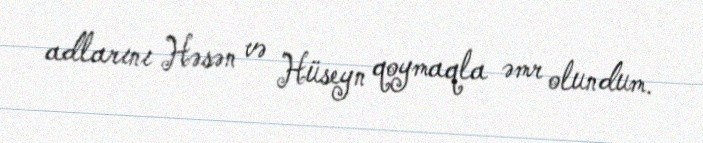
adlarını Həsən və Hüseyn qoymaqla əmr olundum.